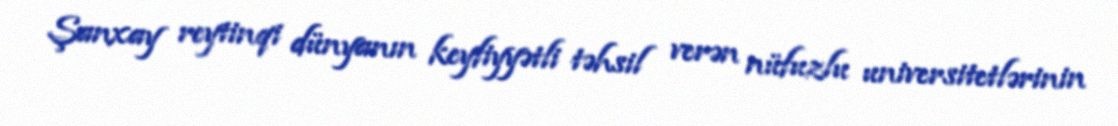
Şanxay reytinqi dünyanın keyfiyyətli təhsil verən nüfuzlu universitetlərinin